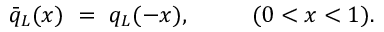
\bar { q } _ { L } ( x ) \ = \ q _ { L } ( - x ) , \ \ \ \ \ \ \ \ ( 0 < x < 1 ) .